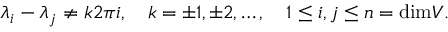
\lambda _ { i } - \lambda _ { j } \neq k 2 \pi i , \quad k = \pm 1 , \pm 2 , \ldots , \quad 1 \leq i , j \leq n = \mathrm { d i m } V .